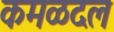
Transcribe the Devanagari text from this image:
कमळदल